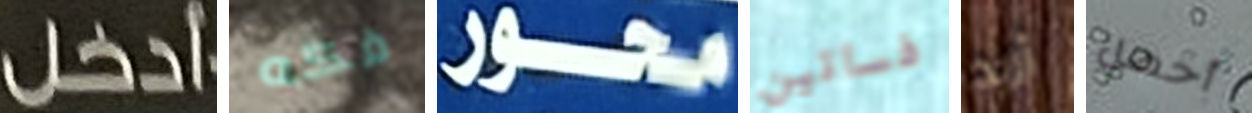
أدخل فكه محور فساتين أريد أحصل